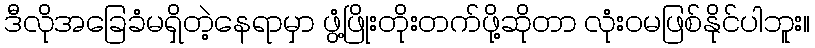
ဒီလိုအခြေခံမရှိတဲ့နေရာမှာ ဖွံ့ဖြိုးတိုးတက်ဖို့ဆိုတာ လုံးဝမဖြစ်နိုင်ပါဘူး။